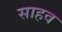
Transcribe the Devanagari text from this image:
साहव